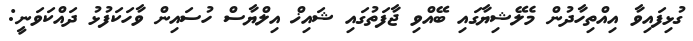
ގުޅިފައިވާ އިއްތިހާދުން މެލޭޝިޔާގައި ބޭއްވި ޖާފަތުގައި ޝައިޚް އިލްޔާސް ހުސައިން ވާހަކަފުޅު ދައްކަވަނީ: